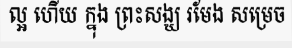
ល្អ ហើយ ក្នុង ព្រះសង្ឃ រមែង សម្រេច